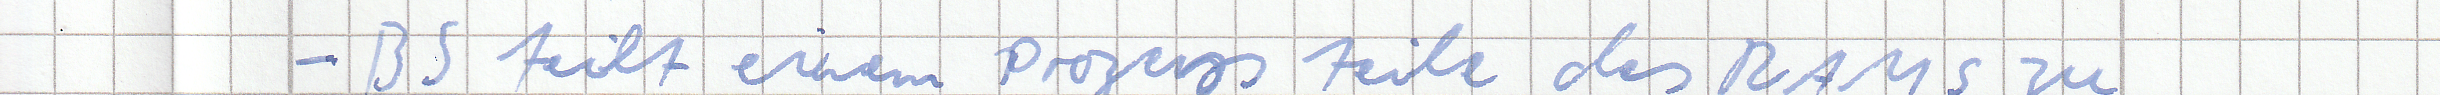
- BS teilt einem Prozess teile des RAMs zu